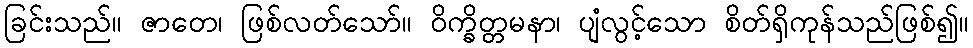
ခြင်းသည်။ ဇာတေ၊ ဖြစ်လတ်သော်။ ဝိက္ခိတ္တမနာ၊ ပျံလွင့်သော စိတ်ရှိကုန်သည်ဖြစ်၍။